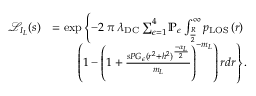
\begin{array} { r l } { \mathcal { L } _ { I _ { L } } ( s ) } & { = \exp \left\{ - 2 \: \pi \: \lambda _ { \mathrm { D C } } \sum _ { \epsilon = 1 } ^ { 4 } \mathbb { P } _ { \epsilon } \int _ { \frac { R } { 2 } } ^ { \infty } p _ { \mathrm { { L O S } } } \left( r \right) \right. } \\ & { \quad \quad \left. \left( 1 - \left( 1 + \frac { s P G _ { \epsilon } ( r ^ { 2 } + h ^ { 2 } ) ^ { \frac { - \alpha _ { L } } { 2 } } } { m _ { L } } \right) ^ { - m _ { L } } \right) r d r \right\} . } \end{array}